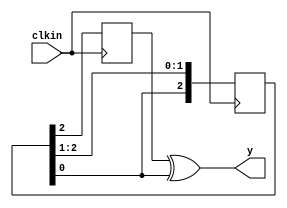
module one_and_half_divider(input clkin,output y);reg [2:0]x=4;
reg k;
always @(posedge clkin)
x<={x[0],x[2:1]};
always @(negedge clkin)k<=x[2];
assign y=k^x[0];
endmodule